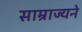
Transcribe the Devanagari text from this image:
साम्राज्यने